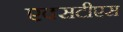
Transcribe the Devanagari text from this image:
एक्सटीएस